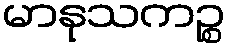
မာနုသကဉ္စ